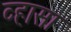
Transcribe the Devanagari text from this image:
व्हासा